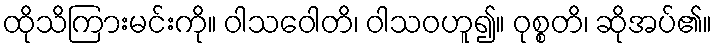
ထိုသိကြားမင်းကို။ ဝါသဝေါတိ၊ ဝါသဝဟူ၍။ ဝုစ္စတိ၊ ဆိုအပ်၏။